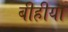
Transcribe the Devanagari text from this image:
बीहीया